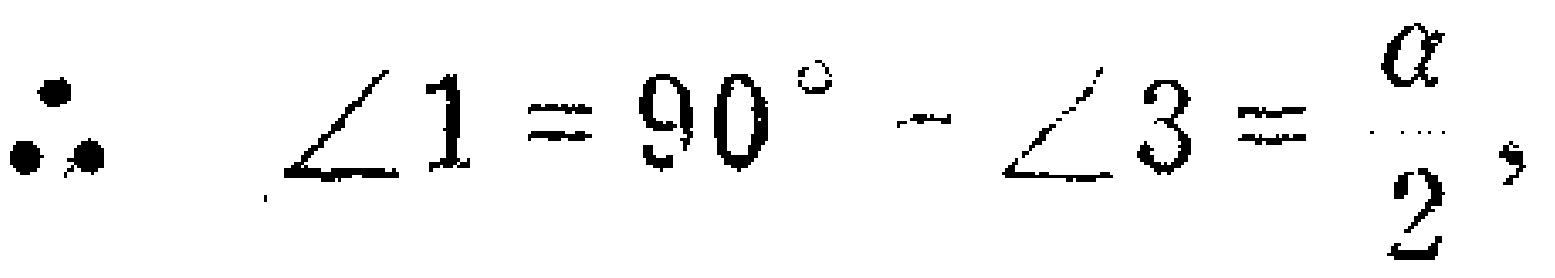
\(\therefore \angle 1 = 90^{\circ}-\angle 3=\frac{\alpha}{2},\)